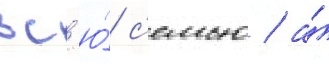
вс'ю́ с'емью / а́